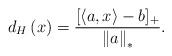
LaTeX: \begin{align*}d_{H}\left( x\right) =\dfrac{[\left\langle a,x\right\rangle -b]_{+}}{\left\Vert a\right\Vert _{\ast }}. \end{align*}